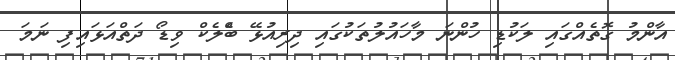
އާންމު ގޮތެއްގައި ލަކުޑި ހުންނަ މާހައުލުތަކުގައި ދިރިއުޅޭ ބްެލެކް ވިޑޯ ދަތްއަޅައިފި ނަމަ